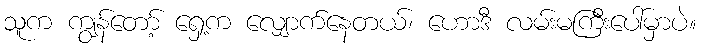
သူက ကျွန်တော့် ရှေ့က လျှောက်နေတယ်၊ ဟောဒီ လမ်းမကြီးပေါ်မှာပဲ။